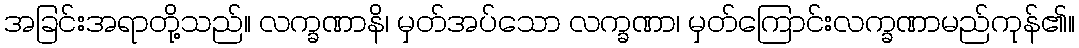
အခြင်းအရာတို့သည်။ လက္ခဏာနိ၊ မှတ်အပ်သော လက္ခဏာ၊ မှတ်ကြောင်းလက္ခဏာမည်ကုန်၏။